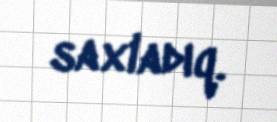
saxladıq.